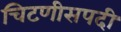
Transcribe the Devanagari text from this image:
चिटणीसपदी